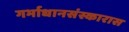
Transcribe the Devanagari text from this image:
गर्भाधानसंस्कारास